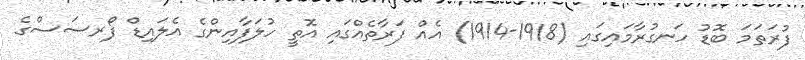
ފުރަތަމަ ބޮޑު ހަނގުރާމައިގައި (1918-1914) އެއް ފަރާތެއްގައި އޮތީ ހުލަފާއިންގެ އެލައިޑް ފޯރސަސްގެ